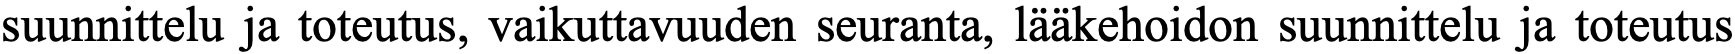
suunnittelu ja toteutus, vaikuttavuuden seuranta, lääkehoidon suunnittelu ja toteutus